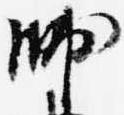
帥